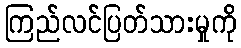
ကြည်လင်ပြတ်သားမှုကို